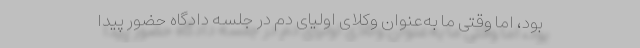
بود، اما وقتی ما به‌عنوان وکلای اولیای دم در جلسه دادگاه حضور پیدا